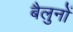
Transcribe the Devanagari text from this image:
बैलुनों